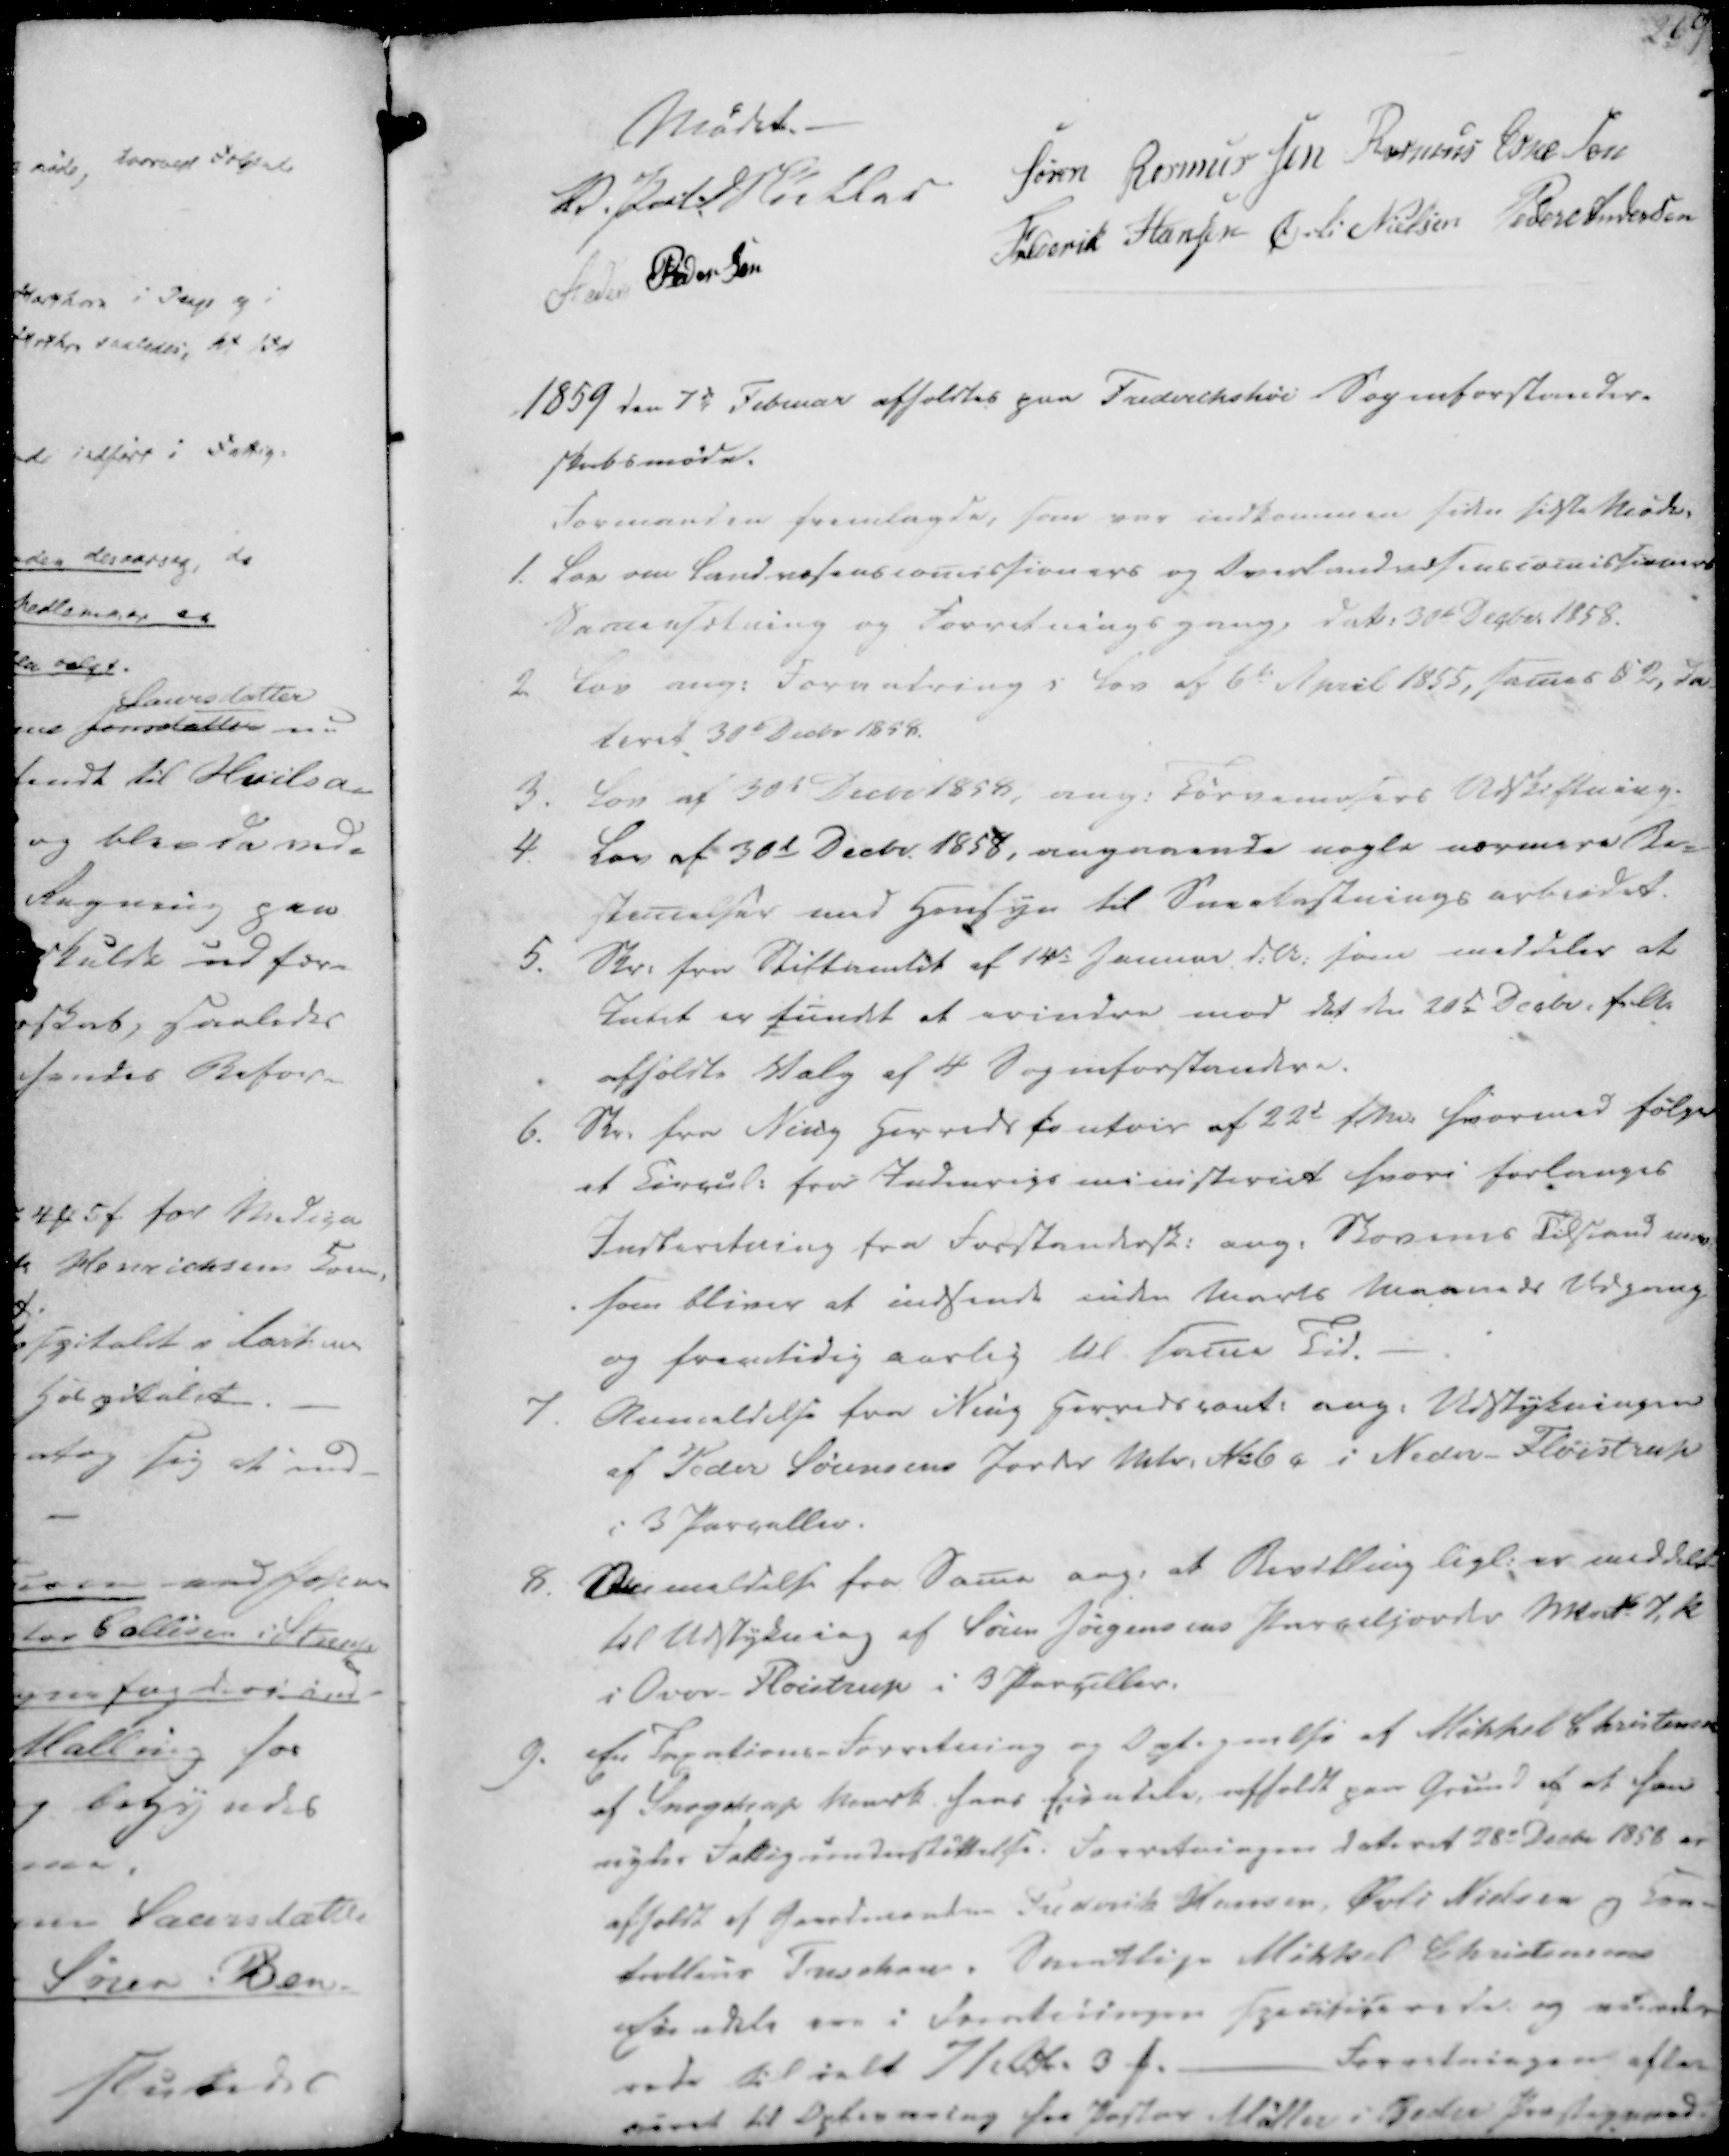
Transskription:
Mødet.
V. Pal. Müller
Søren Rasmussen
Rasmus Eskesen
Anders Pedersen
Frederik Hansen
Øvli Nielsen
Peder Andersen

1859 den 7de Februar afholdtes paa Frederikshøi Sogneforstander-
skabsmøde.
Formanden fremlagde, som var indkommen siden sidste Møde,

1. Lov om Landvæsenscomissioners og Overlandvæsenscomissioners
Sammensætning og Forretningsgang, dat. 30te Decber 1858.
2. Lov ang. Forvitring i Lov af 6te April 1855, sames I 2, da-
teret 30te Decbr 1858.
3. Lov af 30t Decbr 1858, ang. Førvemesers Udskiftning.
4. Lov af 30t Decbr. 1858, angaaende nogle nærmere Be-
stemelser med Hensyn til Sneekastningsarbeidet.

5. Skr. fra Stiftamtet af 14de Januar d.A. som meddeler at
Intet er fundet at erindre mod det den 20d Decbr. f.A.
afholdte Valg af 4 Sogneforstandere.
6. Skr. fra Ning Herreds contoir af 22d f.M. hvormed følger
et Circul. fra Indenrigsministeriet hvori forlanges
Indberetning fra Forstandersk. ang. Skovenes Tilstand nærv-
som bliver at indsende inden Marts Maaneds Udgang
og fremtidig aarlig til same Tid.

7. Anmeldelse fra Ning Herredscont. ang. Udstykningen
af Peder Sørensens Jorder Matr. No 6c i Neder-Fløistrup
i 3 Parceller.
8. Anmeldelse fra Same ang. at Bevilling ligl. er meddelt
til Udstykning af Søren Jørgensens Parceljorder Mat No 7, k
i Over-Fløistrup i 3 Parceller.

9. En Taxations-Forretning og Optegnelse af Mikkel Chrisensen
af Snogstrup Mark hans Eiendele, afholdt paa Grund af at han
nyder Fattigunderstøttelse. Forretningen dateret 28e Decbr 1858 er
afholdt af Gaardmendene Frederik Hansen, Øvli Nielsen og kon-
trolleur Treschov. Samtlige Mikkel Christensens
Eiendele ere i Foretningen Specificerede og nu vude-
rede til ialt 71 Rdl. 3 ₻.
Forretningen efter-
været til Opbevaring for Pastor Møller i Peder Præstegaard.